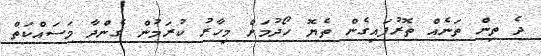
ދެ ތިން ތަނެއް ތޮރުފައިގެން ތެޔޮ ހޯދުމަށް މިހާރު ކުރަމުން ގެންދާ މަސައްކަތް